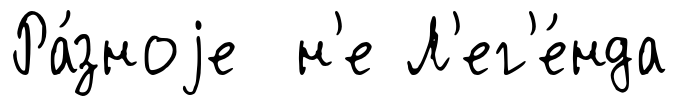
Ра́зноjе н'е Л'ег'е́нда